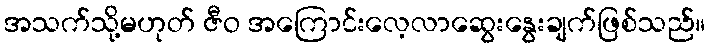
အသက်သို့မဟုတ် ဇီဝ အကြောင်းလေ့လာဆွေးနွေးချက်ဖြစ်သည်။